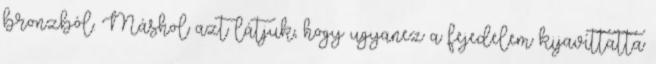
bronzból. Máshol azt látjuk, hogy ugyanez a fejedelem kijavíttatta